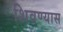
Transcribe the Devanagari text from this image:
शिवण्यास